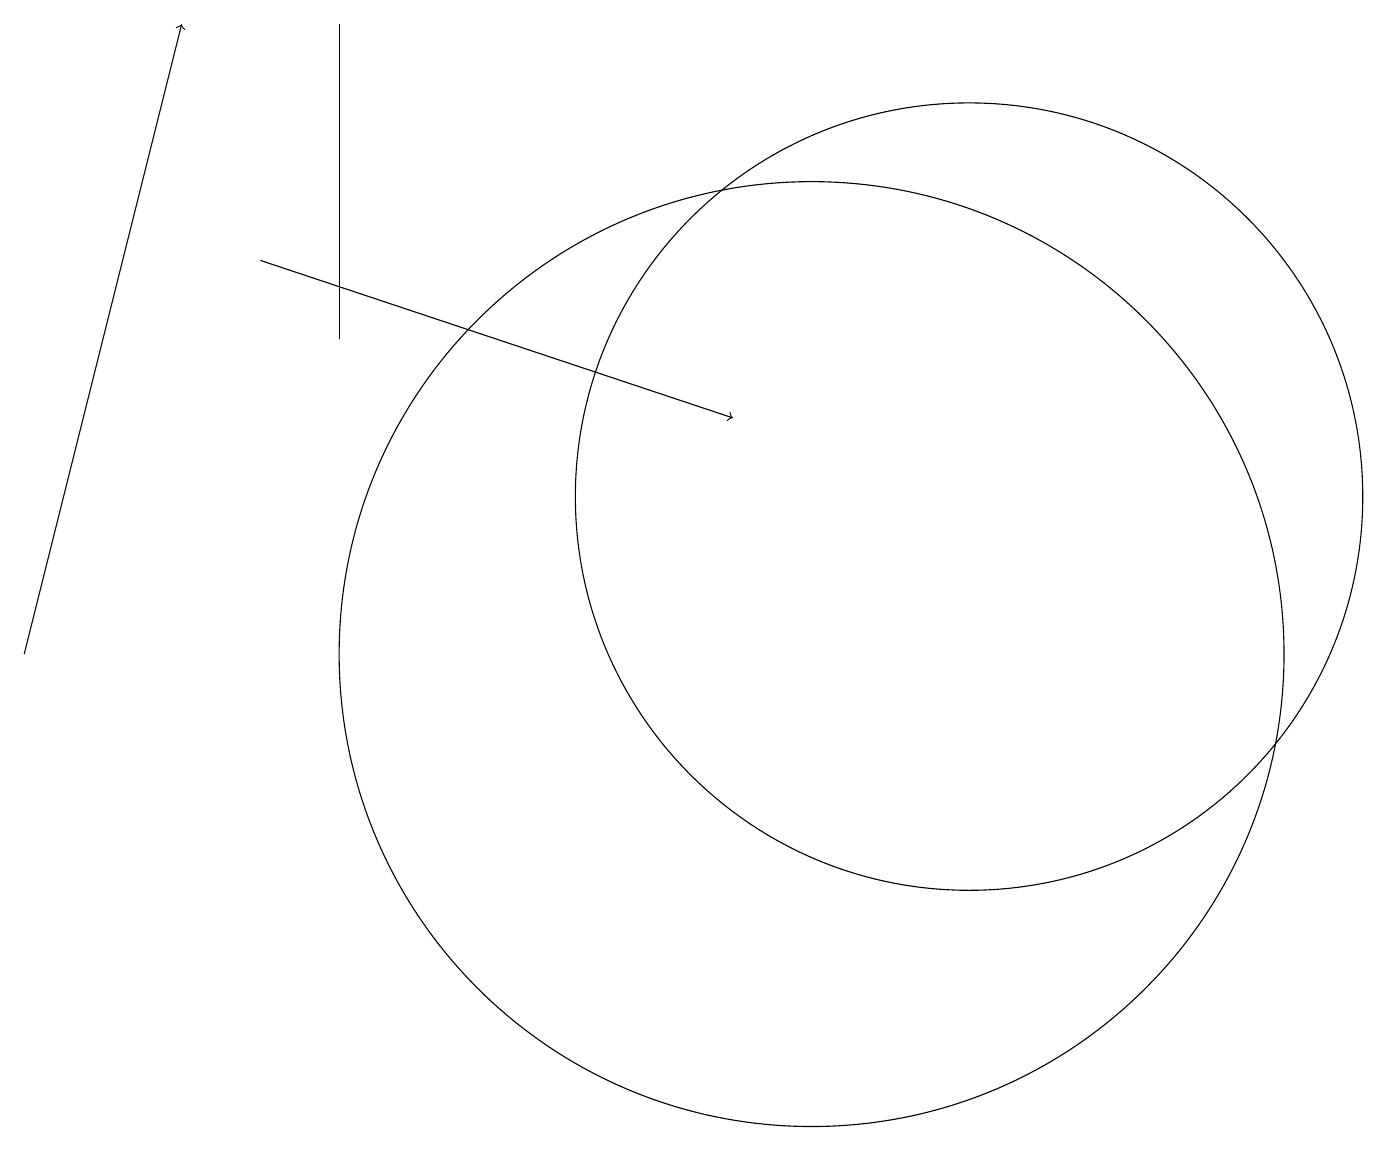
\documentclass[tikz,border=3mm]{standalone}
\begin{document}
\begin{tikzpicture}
\draw (10,10) circle (6);
\draw[->] (3,15) -- (9,13);
\draw (12,12) circle (5);
\draw[->] (0,10) -- (2,18);
\draw (4,18) rectangle (4,14);
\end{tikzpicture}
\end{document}